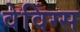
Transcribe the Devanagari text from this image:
वेविंग्स